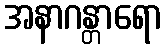
အနာဂန္တာရော